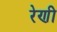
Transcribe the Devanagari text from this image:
रेणी